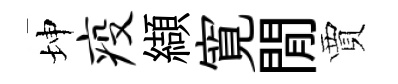
坤疫纈寛閒賈